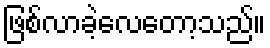
ဖြစ်လာခဲ့လေတော့သည်။